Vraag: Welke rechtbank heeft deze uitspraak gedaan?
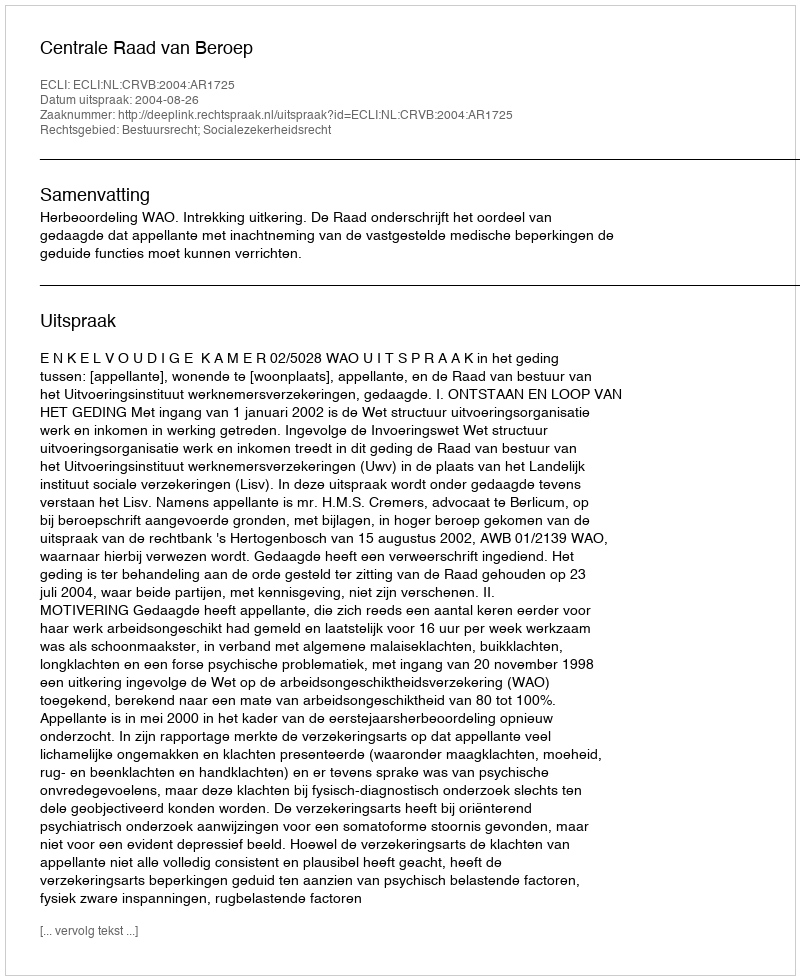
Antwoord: Centrale Raad van Beroep